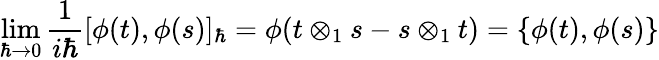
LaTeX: \operatorname*{lim}_{\hbar\to 0}\frac{1}{i\hbar}[\phi(t),\phi(s)]_{\hbar}=\phi(t\otimes_{1}s-s\otimes_{1}t)=\{ \phi(t),\phi(s)\}